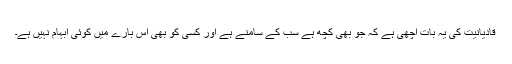
قادیانیت کی یہ بات اچھی ہے کہ جو بھی کچھ ہے سب کے سامنے ہے اور کسی کو بھی اس بارے میں کوئی ابہام نہیں ہے۔